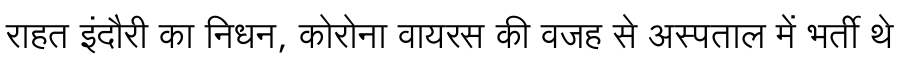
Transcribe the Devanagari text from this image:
राहत इंदौरी का निधन, कोरोना वायरस की वजह से अस्पताल में भर्ती थे